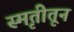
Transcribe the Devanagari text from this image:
स्मृतीतून